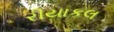
રીયાકલ